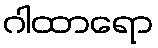
ဂါထာရော